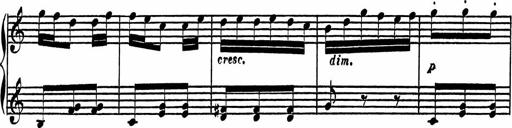
Title: 4 Piano Sonatinas
Composer: Adam Geibel